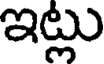
ఇట్లు